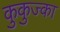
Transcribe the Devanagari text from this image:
कुकुज्का